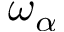
\omega _ { \alpha }